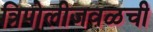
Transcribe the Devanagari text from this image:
त्रिपोलीजवळची